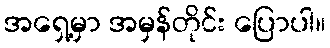
အရှေ့မှာ အမှန်တိုင်း ပြောပါ။